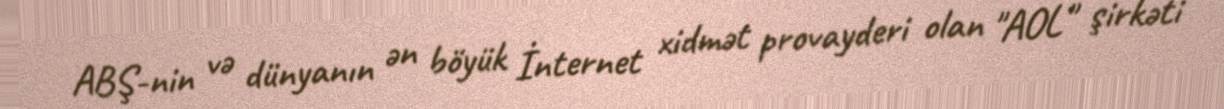
ABŞ-nin və dünyanın ən böyük İnternet xidmət provayderi olan "AOL" şirkəti